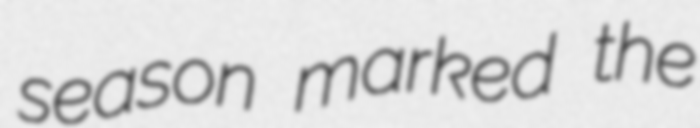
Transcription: season marked the